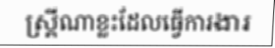
ស្ត្រីណាខ្លះដែលធ្វើការងារ